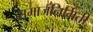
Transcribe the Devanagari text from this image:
समाजनिर्मिती